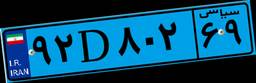
۹۲D۸۰۲۶۹